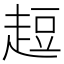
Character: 𧻿